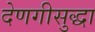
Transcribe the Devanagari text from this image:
देणगीसुद्धा